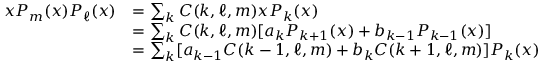
\begin{array} { r l } { x P _ { m } ( x ) P _ { \ell } ( x ) } & { = \sum _ { k } C ( k , \ell , m ) x P _ { k } ( x ) } \\ & { = \sum _ { k } C ( k , \ell , m ) [ a _ { k } P _ { k + 1 } ( x ) + b _ { k - 1 } P _ { k - 1 } ( x ) ] } \\ & { = \sum _ { k } [ a _ { k - 1 } C ( k - 1 , \ell , m ) + b _ { k } C ( k + 1 , \ell , m ) ] P _ { k } ( x ) } \end{array}